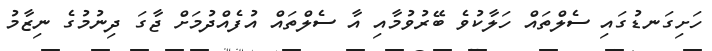
ހަށިގަނޑުގަައި ސެލްތައް ހަލާކުވެ ބޭރުވުމާއި އާ ސެލްތައް އުފެއްދުމަށް ޖާގަ ދިނުމުގެ ނިޒާމު